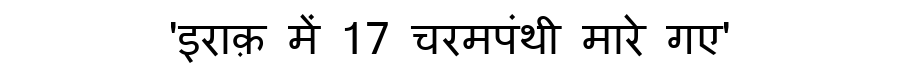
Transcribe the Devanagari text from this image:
'इराक़ में 17 चरमपंथी मारे गए'